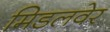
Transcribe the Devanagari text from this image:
मिडलवेर